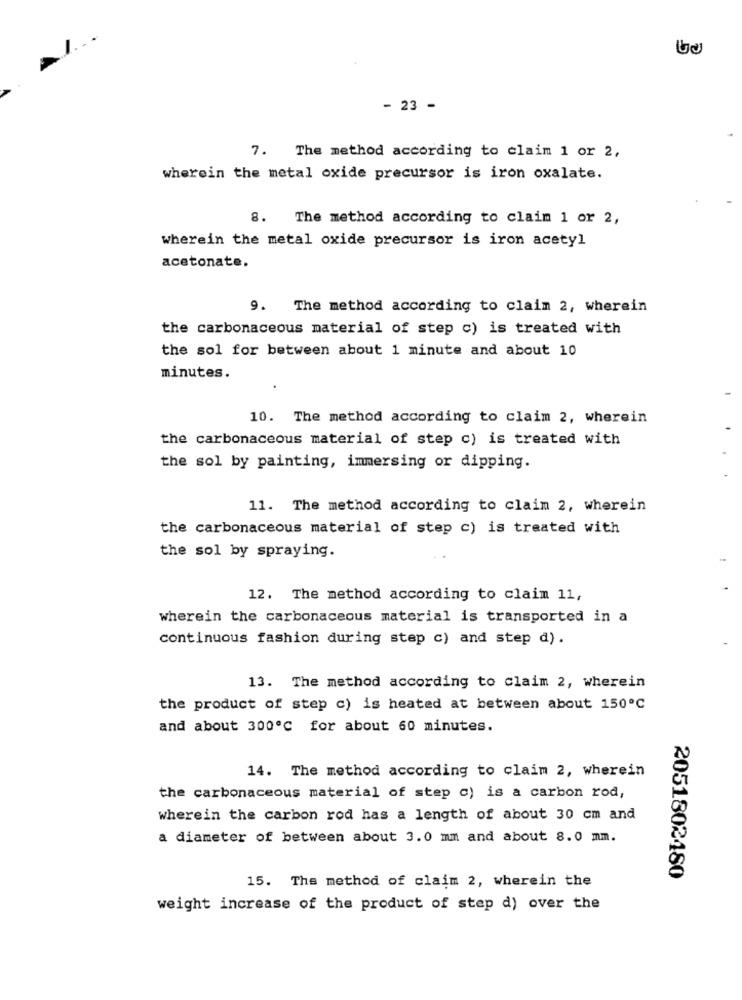
- 23 -
7. The method according to claim 1 or 2,
wherein the metal oxide precursor is iron oxalate.
8.
The method according to claim 1 or 2,
wherein the metal oxide precursor is iron acetyl
acetonate.
9. The method according to claim 2, wherein
the carbonaceous material of step c) is treated with
the sol for between about 1 minute and about 10
minutes.
10. The method according to claim 2, wherein
the carbonaceous material of step c) is treated with
the sol by painting, immersing or dipping.
11. The method according to claim 2, wherein
the carbonaceous material of step c) is treated with
the sol by spraying.
12. The method according to claim 11,
wherein the carbonaceous material is transported in a
continuous fashion during step c) and step d).
13. The method according to claim 2, wherein
the product of step c) is heated at between about 150℃
and about 300℃ for about 60 minutes.
14. The method according to claim 2, wherein
the carbonaceous material of step c) is a carbon rod,
wherein the carbon rod has a length of about 30 cm and
a diameter of between about 3.0 mm and about 8.0 mm.
15. The method of claim 2, wherein the
2051802480
weight increase of the product of step d) over the